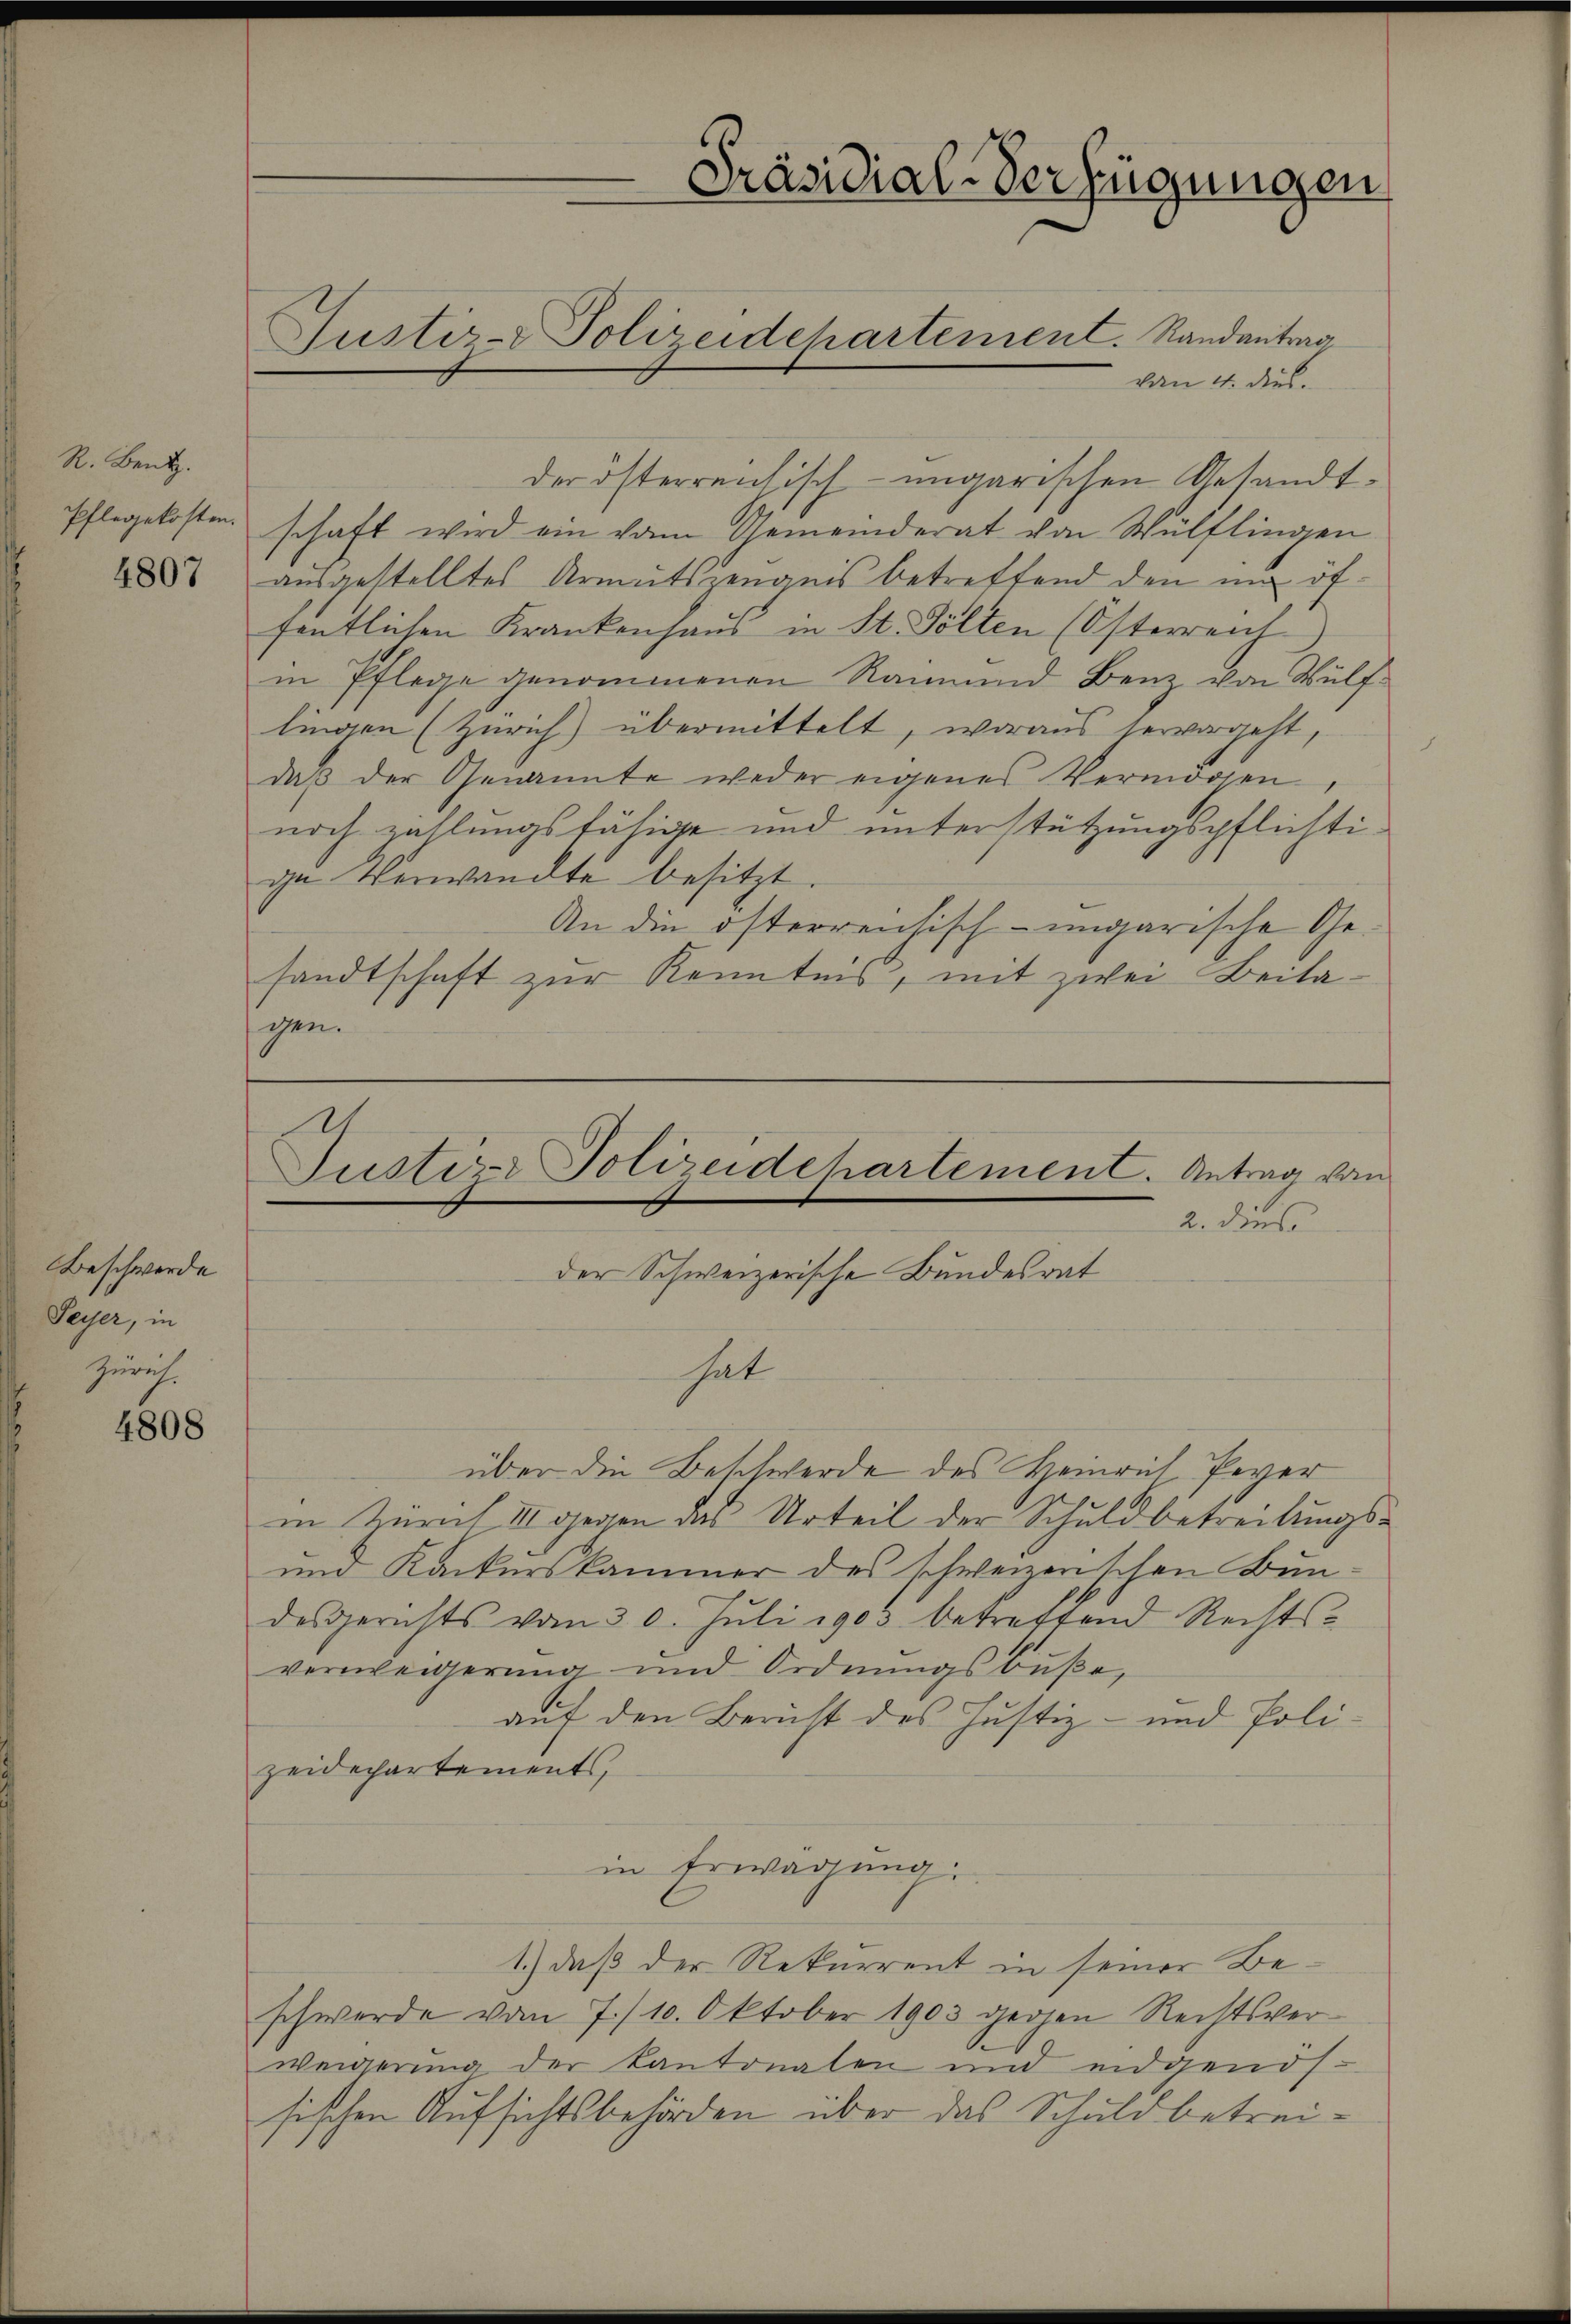
R. Bentz.
Pflegekosten.

4807

Beschwerde
Seyer, in
Zürich.

4808

von 4. dies.
der österreichisch-ungarischen Gesandtschaft wird ein vom Gemeinderat von Wülflingen
ausgestelltes Armutszeugnis betreffend den im öffentlichen Krankenhaus in St. Pölten (Österreich
in Pflege genommenen Raimund Benz von Wülflingen (Zürich) übermittelt, woraus hervorgeht,
daß der Genannte weder eigenes Vermögen,
noch zahlungsfähige und unterstützungspflichti-
ge Verwandte besitzt.
An die österreichisch-ungarische Gesandtschaft zur Kenntnis, mit zwei Beilagen.

Präsidial-Verfügungen,

Justiz- & Polizeidchartement. Randantrag

2. dies
der Schweizerische Bundesrat
hat
über die Beschwerde des Heinrich Peyer
in Zürich III gegen das Urteil der Schuldbetreitungs¬
und Konkurskammer des schweizerischen Bundesgerichts vom 30. Jŭli 1903 betreffend Rechts-
verweisserung und Ordnungsbuße,
auf den Bericht des Justiz- und Poli-
zeidechartements,
in Erwägŭng:
1.) daß der Rekurrent in seiner Beschwerde vom 7./10. Oktober 1903 gegen Rechtsverweigerung der Kantonalen und eidgends.
sischen Aufsichtsbehörden über das Schuldbetrei¬

.
Justiz- Polizeidehartement. Antrag von